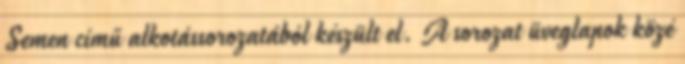
Semen című alkotássorozatából készült el. A sorozat üveglapok közé